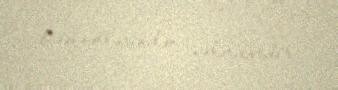
həqiqətlərindən xəbərdardır.